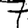
Digit: 7